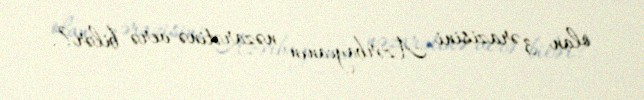
olan 3 ərazisini Azərbaycanın nəzarətinə verə bilər?.